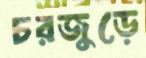
চরজুড়ে